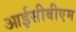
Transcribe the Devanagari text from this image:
आईसीबीएम